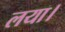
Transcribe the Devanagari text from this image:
लया।